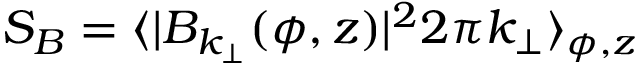
S _ { B } = \langle | B _ { k _ { \perp } } ( \phi , z ) | ^ { 2 } 2 \pi k _ { \perp } \rangle _ { \phi , z }